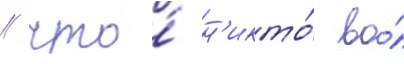
/ что́ н'икто́ во́